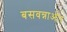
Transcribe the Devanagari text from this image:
बसवन्नाऔर